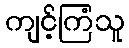
ကျင့်ကြံသူ